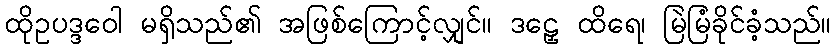
ထိုဥပဒ္ဒဝေါ မရှိသည်၏ အဖြစ်ကြောင့်လျှင်။ ဒဠှေ ထိရေ၊ မြဲမြံခိုင်ခံ့သည်။